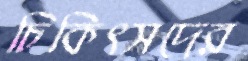
চিকিৎসদের